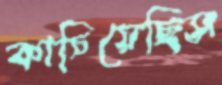
কাচিয়েছিস